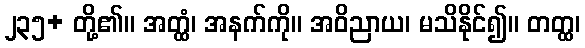
၂၃၅+ တို့၏။ အတ္ထံ၊ အနက်ကို။ အဝိညာယ၊ မသိနိုင်၍။ တတ္ထ၊